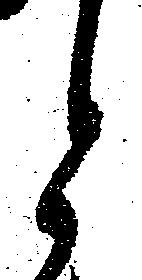
と